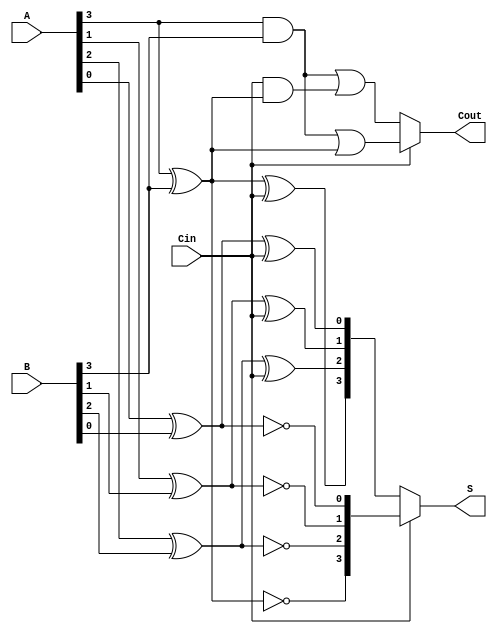
module ConditionalSumAdder #(parameter N = 4) (
    input  [N-1:0] A,      // First n-bit input
    input  [N-1:0] B,      // Second n-bit input
    input         Cin,      // Carry-in
    output [N-1:0] S,      // n-bit sum output
    output        Cout      // Carry-out
);

    // Intermediate signals for partial sums and carries
    wire [N-1:0] S0, S1;    // Sums for Cin = 0 and Cin = 1
    wire [N-1:0] C0, C1;    // Carries for Cin = 0 and Cin = 1

    genvar i;
    generate
        for (i = 0; i < N; i = i + 1) begin : CSA
            // Calculate partial sums
            assign S0[i] = A[i] ^ B[i] ^ Cin;          // Sum when Cin = 0
            assign S1[i] = A[i] ^ B[i] ^ 1'b1;         // Sum when Cin = 1

            // Calculate carry outputs
            assign C0[i] = (A[i] & B[i]) | (Cin & (A[i] ^ B[i])); // Carry when Cin = 0
            assign C1[i] = (A[i] & B[i]) | (1'b1 & (A[i] ^ B[i])); // Carry when Cin = 1
        end
    endgenerate

    // Final sum and carry-out selection
    assign S = (Cin) ? S1 : S0; // Select sum based on Cin
    assign Cout = (Cin) ? C1[N-1] : C0[N-1]; // Select carry-out based on Cin

endmodule